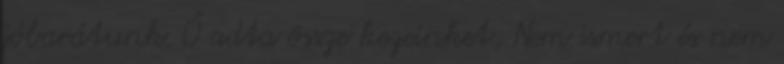
jóbarátunk. Ő adta össze kezeinket, Nem ismert és nem